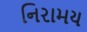
નિરામય